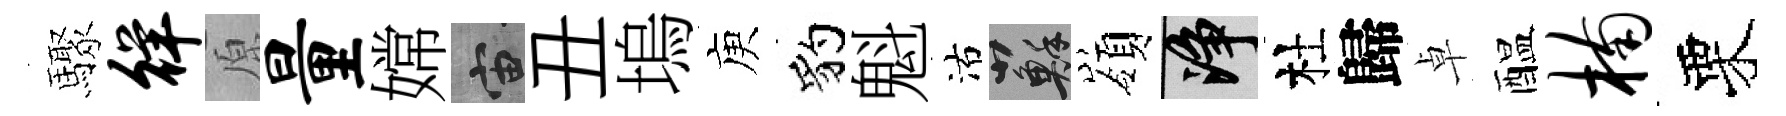
驟徉原量嫦宙丑塢庾豹魁沽蘇嶺净杜歸卓醖楠栗